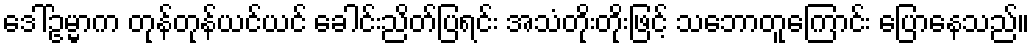
ဒေါ်ဥမ္မာက တုန်တုန်ယင်ယင် ခေါင်းညိတ်ပြရင်း အသံတိုးတိုးဖြင့် သဘောတူကြောင်း ပြောနေသည်။